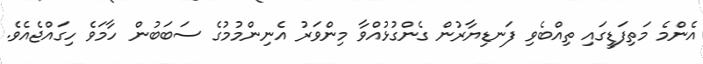
އެންމެ މަތިފަޑީގައި ތިއްބެވި ފަނޑިޔާރުން ގެންގުޅުއްވާ މިންވަރު އެނިންމުމުގެ ސަބަބުން ހާމަވެ ހިގައްޖެއެވެ.